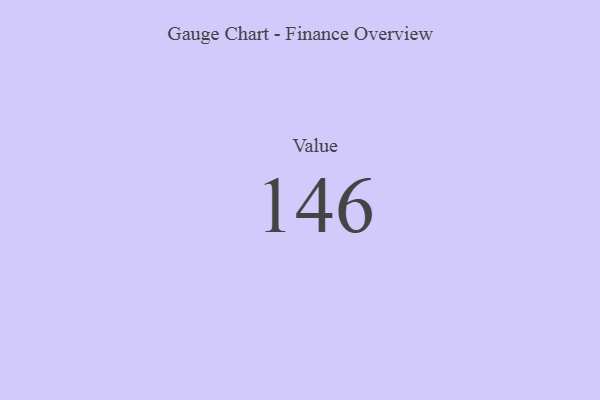
{"axis": {"x": "Metric", "y": "Value"}, "legend": [""], "data": [{"x": "Value", "y": 146, "type": ""}]}